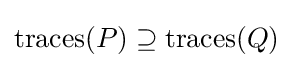
\mathrm {traces} (P)\supseteq \mathrm {traces} (Q)